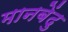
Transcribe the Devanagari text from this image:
मानबेंदु